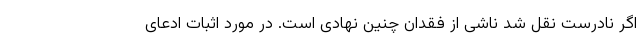
اگر نادرست نقل شد ناشی از فقدان چنین نهادی است. در مورد اثبات ادعای